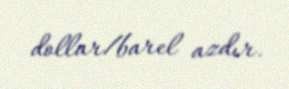
dollar/barel azdır.